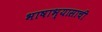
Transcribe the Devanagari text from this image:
भाषाभ्यासाची